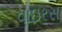
વાઇરસ